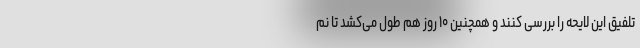
تلفیق این لایحه را بررسی کنند و همچنین ۱۰ روز هم طول می‌کشد تا نم